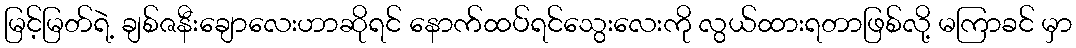
မြင့်မြတ်ရဲ့ ချစ်ဇနီးချောလေးဟာဆိုရင် နောက်ထပ်ရင်သွေးလေးကို လွယ်ထားရတာဖြစ်လို့ မကြာခင် မှာ